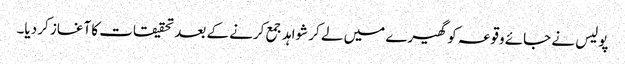
پولیس نے جائے وقوعہ کو گھیرے میں لے کر شواہد جمع کرنے کے بعد تحقیقات کا آغاز کر دیا۔